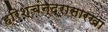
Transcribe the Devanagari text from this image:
हरिश्चंन्द्रासारखा